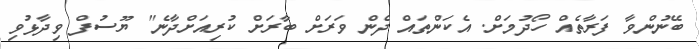
ބޭނުންވާ ފަރާތެއް ހޯދުމަށް. އެކަންތައް ދެން ވަރަށް ބާރަށް ކުރިއަށްދާނެ" ޔޫސުފް ވިދާޅުވި